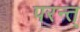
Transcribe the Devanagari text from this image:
परन्त्